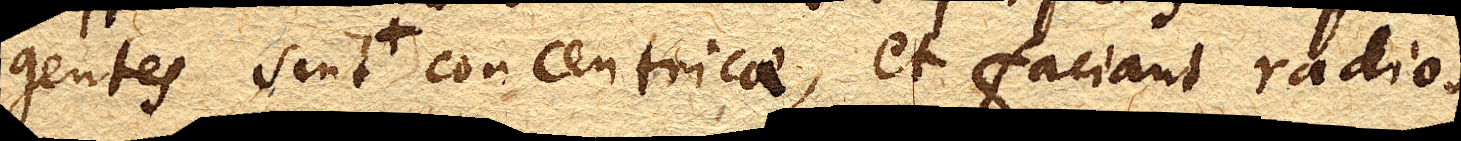
gentes sint + concentricae, et faciant radios